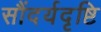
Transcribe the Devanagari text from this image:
सौंदर्यदृष्टि